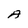
Character: A